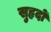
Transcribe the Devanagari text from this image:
सुहृदों